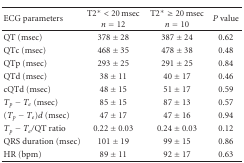
<table><thead><tr><td><b>ECG parameters</b></td><td><b>T2* &lt; 20 msec <i>n</i> = 12</b></td><td><b>T2* ≥ 20 msec <i>n</i> = 10</b></td><td><b><i>P</i> value</b></td></tr></thead><tbody><tr><td>QT (msec)</td><td>378 ± 28</td><td>387 ± 24</td><td>0.62</td></tr><tr><td>QTc (msec)</td><td>468 ± 35</td><td>478 ± 38</td><td>0.48</td></tr><tr><td>QTp (msec)</td><td>293 ± 25</td><td>291 ± 25</td><td>0.84</td></tr><tr><td>QTd (msec)</td><td>38 ± 11</td><td>40 ± 17</td><td>0.46</td></tr><tr><td>cQTd (msec)</td><td>48 ± 15</td><td>51 ± 17</td><td>0.59</td></tr><tr><td><i>T</i><sub><i>p</i></sub> − <i>T</i><sub><i>e</i></sub> (msec)</td><td>85 ± 15</td><td>87 ± 13</td><td>0.57</td></tr><tr><td>(<i>T</i><sub><i>p</i></sub> − <i>T</i><sub><i>e</i></sub>)<i>d</i> (msec)</td><td>47 ± 17</td><td>47 ± 16</td><td>0.94</td></tr><tr><td><i>T</i><sub><i>p</i></sub> − <i>T</i><sub><i>e</i></sub>/QT ratio</td><td>0.22 ± 0.03</td><td>0.24 ± 0.03</td><td>0.12</td></tr><tr><td>QRS duration (msec)</td><td>101 ± 19</td><td>99 ± 15</td><td>0.86</td></tr><tr><td>HR (bpm)</td><td>89 ± 11</td><td>92 ± 17</td><td>0.63</td></tr></tbody></table>